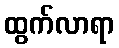
ထွက်လာရာ